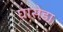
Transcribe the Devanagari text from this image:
घासेडा